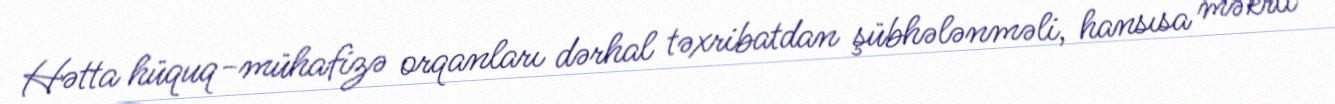
Hətta hüquq-mühafizə orqanları dərhal təxribatdan şübhələnməli, hansısa məkrli